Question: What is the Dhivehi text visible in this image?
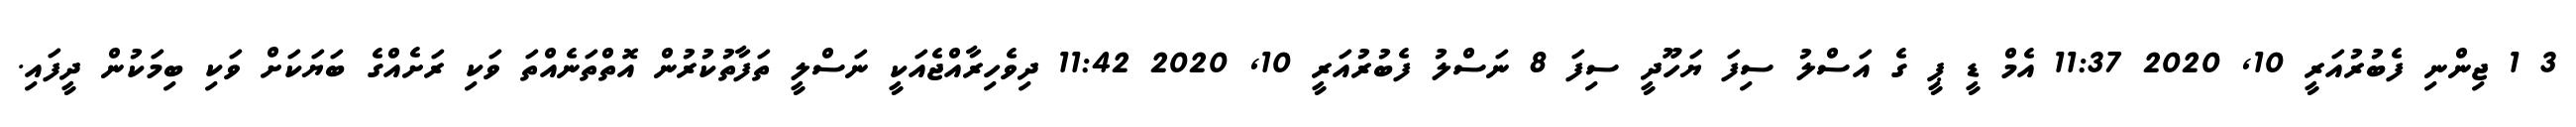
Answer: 3 1 ޖިންނި ފެބުރުއަރީ 10, 2020 11:37 އެމް ޑީ ޕީ ގެ އަސްލު ސިފަ ޔަހޫދީ ސިފަ 8 ނަސްލު ފެބުރުއަރީ 10, 2020 11:42 ދިވެހިރާއްޖެއަކީ ނަސްލީ ތަފާތުކުރުން އޮތްތަނެއްތަ ވަކި ރަށެއްގެ ބަޔަކަށް ވަކި ބިމަކުން ދީފައި.